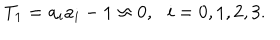
T _ { 1 } = a _ { i } a _ { i } - 1 \approx 0 , \, \, \, \, i = 0 , 1 , 2 , 3 .